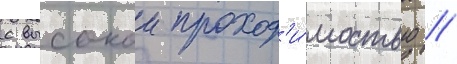
с высокои проход'и́мостью //